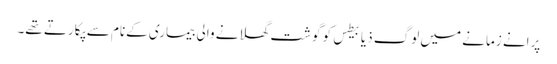
پرانے زمانے میں لوگ ذیابیطس کو گوشت گھلانے والی بیماری کےنام سے پکارتے تھے۔